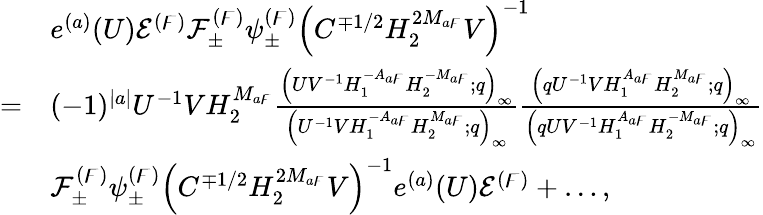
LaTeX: \begin{array}{rl}&{e^{(a)}(U)\mathcal{E}^{(\digamma)}\mathcal{F}_{\pm}^{(\digamma)}\psi_{\pm}^{(\digamma)}\left(C^{\mp 1/2}H_{2}^{2M_{a\digamma}}V\right)^{-1}}\\ {=}&{(-1)^{|a|}U^{-1}VH_{2}^{M_{a\digamma}}\frac{\left(UV^{-1}H_{1}^{-A_{a\digamma}}H_{2}^{-M_{a\digamma}};q\right)_{\infty}}{\left(U^{-1}VH_{1}^{-A_{a\digamma}}H_{2}^{M_{a\digamma}};q\right)_{\infty}}\frac{\left(qU^{-1}VH_{1}^{A_{a\digamma}}H_{2}^{M_{a\digamma}};q\right)_{\infty}}{\left(qUV^{-1}H_{1}^{A_{a\digamma}}H_{2}^{-M_{a\digamma}};q\right)_{\infty}}}\\ &{\mathcal{F}_{\pm}^{(\digamma)}\psi_{\pm}^{(\digamma)}\left(C^{\mp 1/2}H_{2}^{2M_{a\digamma}}V\right)^{-1}e^{(a)}(U)\mathcal{E}^{(\digamma)}+\dots,}\end{array}